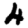
Digit: 4